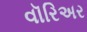
વૉરિઅર